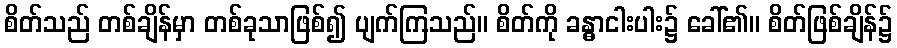
စိတ်သည် တစ်ချိန်မှာ တစ်ခုသာဖြစ်၍ ပျက်ကြသည်။ စိတ်ကို ခန္ဓာငါးပါး၌ ခေါ်၏။ စိတ်ဖြစ်ချိန်၌